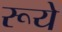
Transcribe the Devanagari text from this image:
रूये